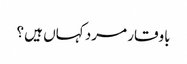
باوقار مرد کہاں ہیں ؟